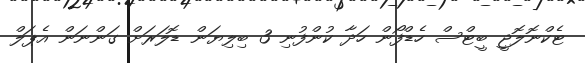
ޓެކްނޮލޮޖީ ބީޓްސް ހެޑްފޯން ހަދާ ކުންފުނި 3 ބިލިޔަން ޑޮލަރަށް ގަންނަން އެޕަލް